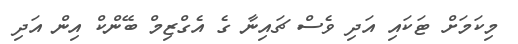
މިކަމަށް ޓަކައި އަދި ވެސް ޗައިނާ ގެ އެގްޒިމް ބޭންކް އިން އަދި